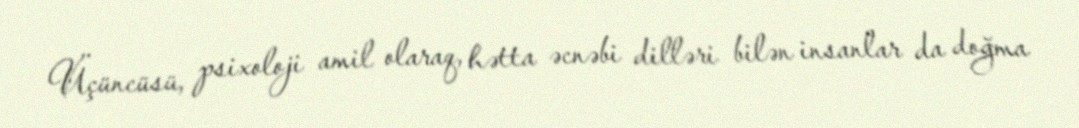
Üçüncüsü, psixoloji amil olaraq, hətta əcnəbi dilləri bilən insanlar da doğma